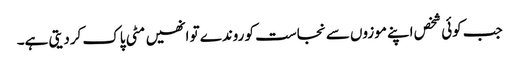
جب کوئی شخص اپنے موزوں سے نجاست کو روندے تو انھیں مٹی پاک کردیتی ہے۔